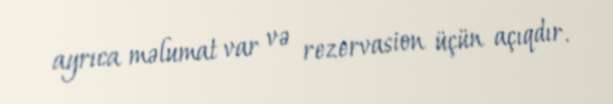
ayrıca məlumat var və rezervasion üçün açıqdır.